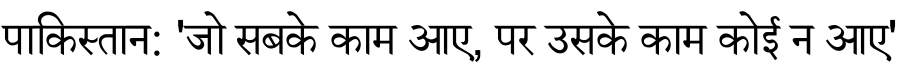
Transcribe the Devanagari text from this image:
पाकिस्तान: 'जो सबके काम आए, पर उसके काम कोई न आए'